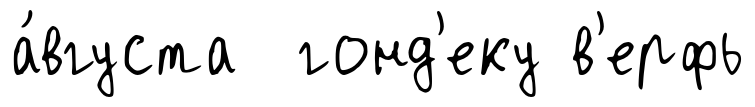
а́вгуста гонд'еку в'ерфь